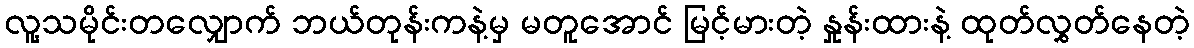
လူ့သမိုင်းတလျှောက် ဘယ်တုန်းကနဲ့မှ မတူအောင် မြင့်မားတဲ့ နှုန်းထားနဲ့ ထုတ်လွှတ်နေတဲ့